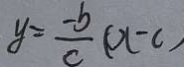
y = \frac { - b } { c } ( a - c )